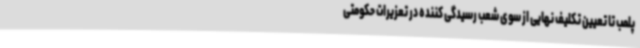
پلمب تا تعیین تکلیف نهایی از سوی شعب رسیدگی کننده در تعزیرات حکومتی